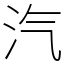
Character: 汽